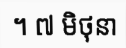
។ ៧ មិថុនា